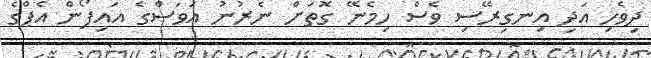
ދިވެހި އަދި އިނގިރޭސި ވެސް ހިމެނޭ ގޮތަށް ނެރުނު އަވަސްގެ އައިފޯން އެޕްގެ